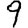
Digit: 9